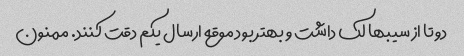
دوتا از سیبها لک داشت و بهتر بود موقع ارسال یکم دقت کنند. ممنون